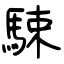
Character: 駷